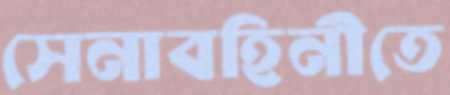
সেনাবহিনীতে